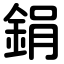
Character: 鋗